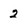
Character: 2